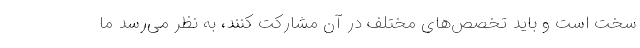
سخت است و باید تخصص‌های مختلف در آن مشارکت کنند، به نظر می‌رسد ما